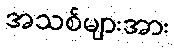
အသစ်များအား